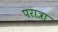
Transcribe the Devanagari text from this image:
परात्रा